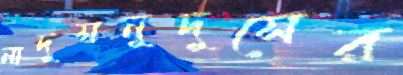
নাদুসনুদুসের